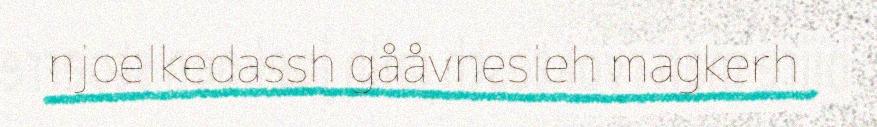
njoelkedassh gååvnesieh magkerh